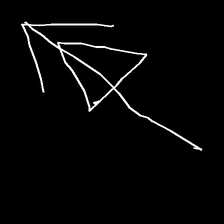
Glyph: pull